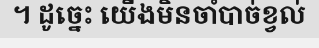
។ ដូច្នេះ យើងមិនចាំបាច់ខ្វល់